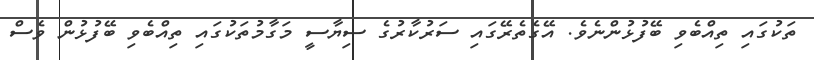
ތަކުގައި ތިއްބެވި ބޭފުޅުންނެވެ. އޭގެތެރޭގައި ސަރުކާރުގެ ސިޔާސީ މަގާމުތަކުގައި ތިއްބެވި ބޭފުޅުން ވެސް